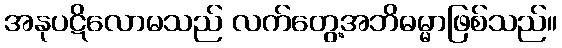
အနုပဋိလောမသည် လက်တွေ့အဘိဓမ္မာဖြစ်သည်။